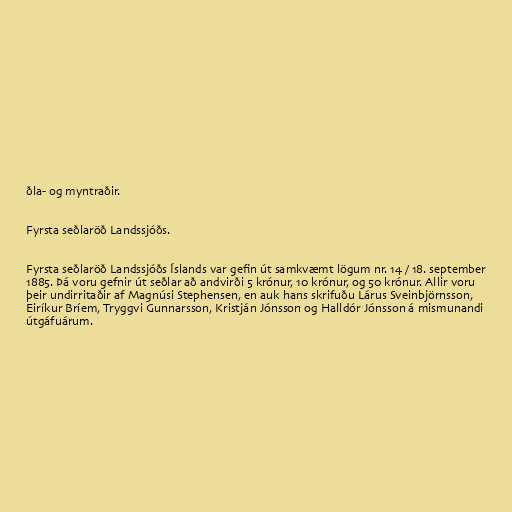
ðla- og myntraðir.

Fyrsta seðlaröð Landssjóðs.

Fyrsta seðlaröð Landssjóðs Íslands var gefin út samkvæmt lögum nr. 14 / 18. september
1885. Þá voru gefnir út seðlar að andvirði 5 krónur, 10 krónur, og 50 krónur. Allir voru
þeir undirritaðir af Magnúsi Stephensen, en auk hans skrifuðu Lárus Sveinbjörnsson,
Eiríkur Bríem, Tryggvi Gunnarsson, Kristján Jónsson og Halldór Jónsson á mismunandi
útgáfuárum.